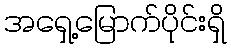
အရှေ့မြောက်ပိုင်းရှိ